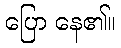
ပြော နေ၏။